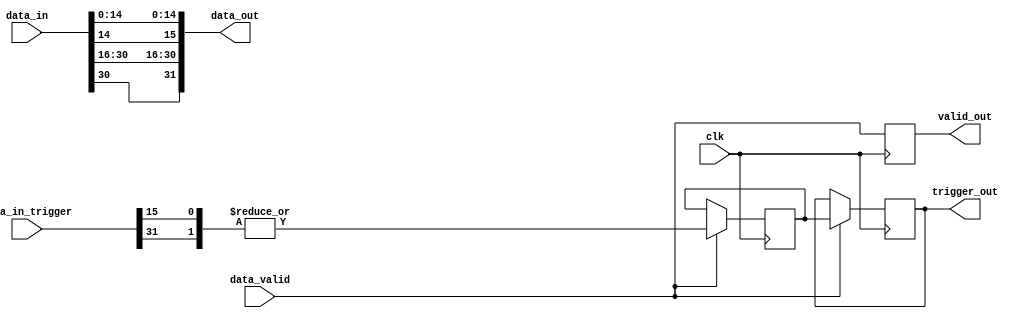
// ***************************************************************************
// ***************************************************************************
// Copyright 2014 - 2017 (c) Analog Devices, Inc. All rights reserved.
//
// In this HDL repository, there are many different and unique modules, consisting
// of various HDL (Verilog or VHDL) components. The individual modules are
// developed independently, and may be accompanied by separate and unique license
// terms.
//
// The user should read each of these license terms, and understand the
// freedoms and responsibilities that he or she has by using this source/core.
//
// This core is distributed in the hope that it will be useful, but WITHOUT ANY
// WARRANTY; without even the implied warranty of MERCHANTABILITY or FITNESS FOR
// A PARTICULAR PURPOSE.
//
// Redistribution and use of source or resulting binaries, with or without modification
// of this file, are permitted under one of the following two license terms:
//
//   1. The GNU General Public License version 2 as published by the
//      Free Software Foundation, which can be found in the top level directory
//      of this repository (LICENSE_GPL2), and also online at:
//      <https://www.gnu.org/licenses/old-licenses/gpl-2.0.html>
//
// OR
//
//   2. An ADI specific BSD license, which can be found in the top level directory
//      of this repository (LICENSE_ADIBSD), and also on-line at:
//      https://github.com/analogdevicesinc/hdl/blob/master/LICENSE_ADIBSD
//      This will allow to generate bit files and not release the source code,
//      as long as it attaches to an ADI device.
//
// ***************************************************************************
// ***************************************************************************

`timescale 1ns/100ps

module util_extract #(

  parameter  NUM_OF_CHANNELS = 2,
  parameter  DATA_WIDTH = NUM_OF_CHANNELS * 16) (

  input                         clk,

  input       [DATA_WIDTH-1:0]  data_in,
  input       [DATA_WIDTH-1:0]  data_in_trigger,
  input                         data_valid,

  output      [DATA_WIDTH-1:0]  data_out,
  output reg                    valid_out,
  output reg                    trigger_out
);

  // loop variables

  genvar  n;

  reg trigger_d1;

  wire [15:0] trigger; // 16 maximum channels

  generate
  for (n = 0; n < NUM_OF_CHANNELS; n = n + 1) begin: g_data_out
    assign data_out[(n+1)*16-1:n*16] = {data_in[(n*16)+14],data_in[(n*16)+14:n*16]};
    assign trigger[n] = data_in_trigger[(16*n)+15];
  end
  for (n = NUM_OF_CHANNELS; n < 16; n = n + 1) begin: g_trigger_out
    assign trigger[n] = 1'b0;
  end
  endgenerate

  // compensate delay in the FIFO
  always @(posedge clk) begin
    valid_out  <= data_valid;
    if (data_valid == 1'b1) begin
      trigger_d1  <= |trigger;
      trigger_out <= trigger_d1;
    end
  end

endmodule

// ***************************************************************************
// ***************************************************************************